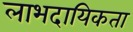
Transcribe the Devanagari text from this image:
लाभदायिकता